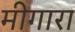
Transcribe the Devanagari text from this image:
मीगारा